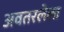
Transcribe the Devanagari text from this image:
अवतरलेला